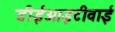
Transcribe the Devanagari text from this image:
डीईआइटीवाई